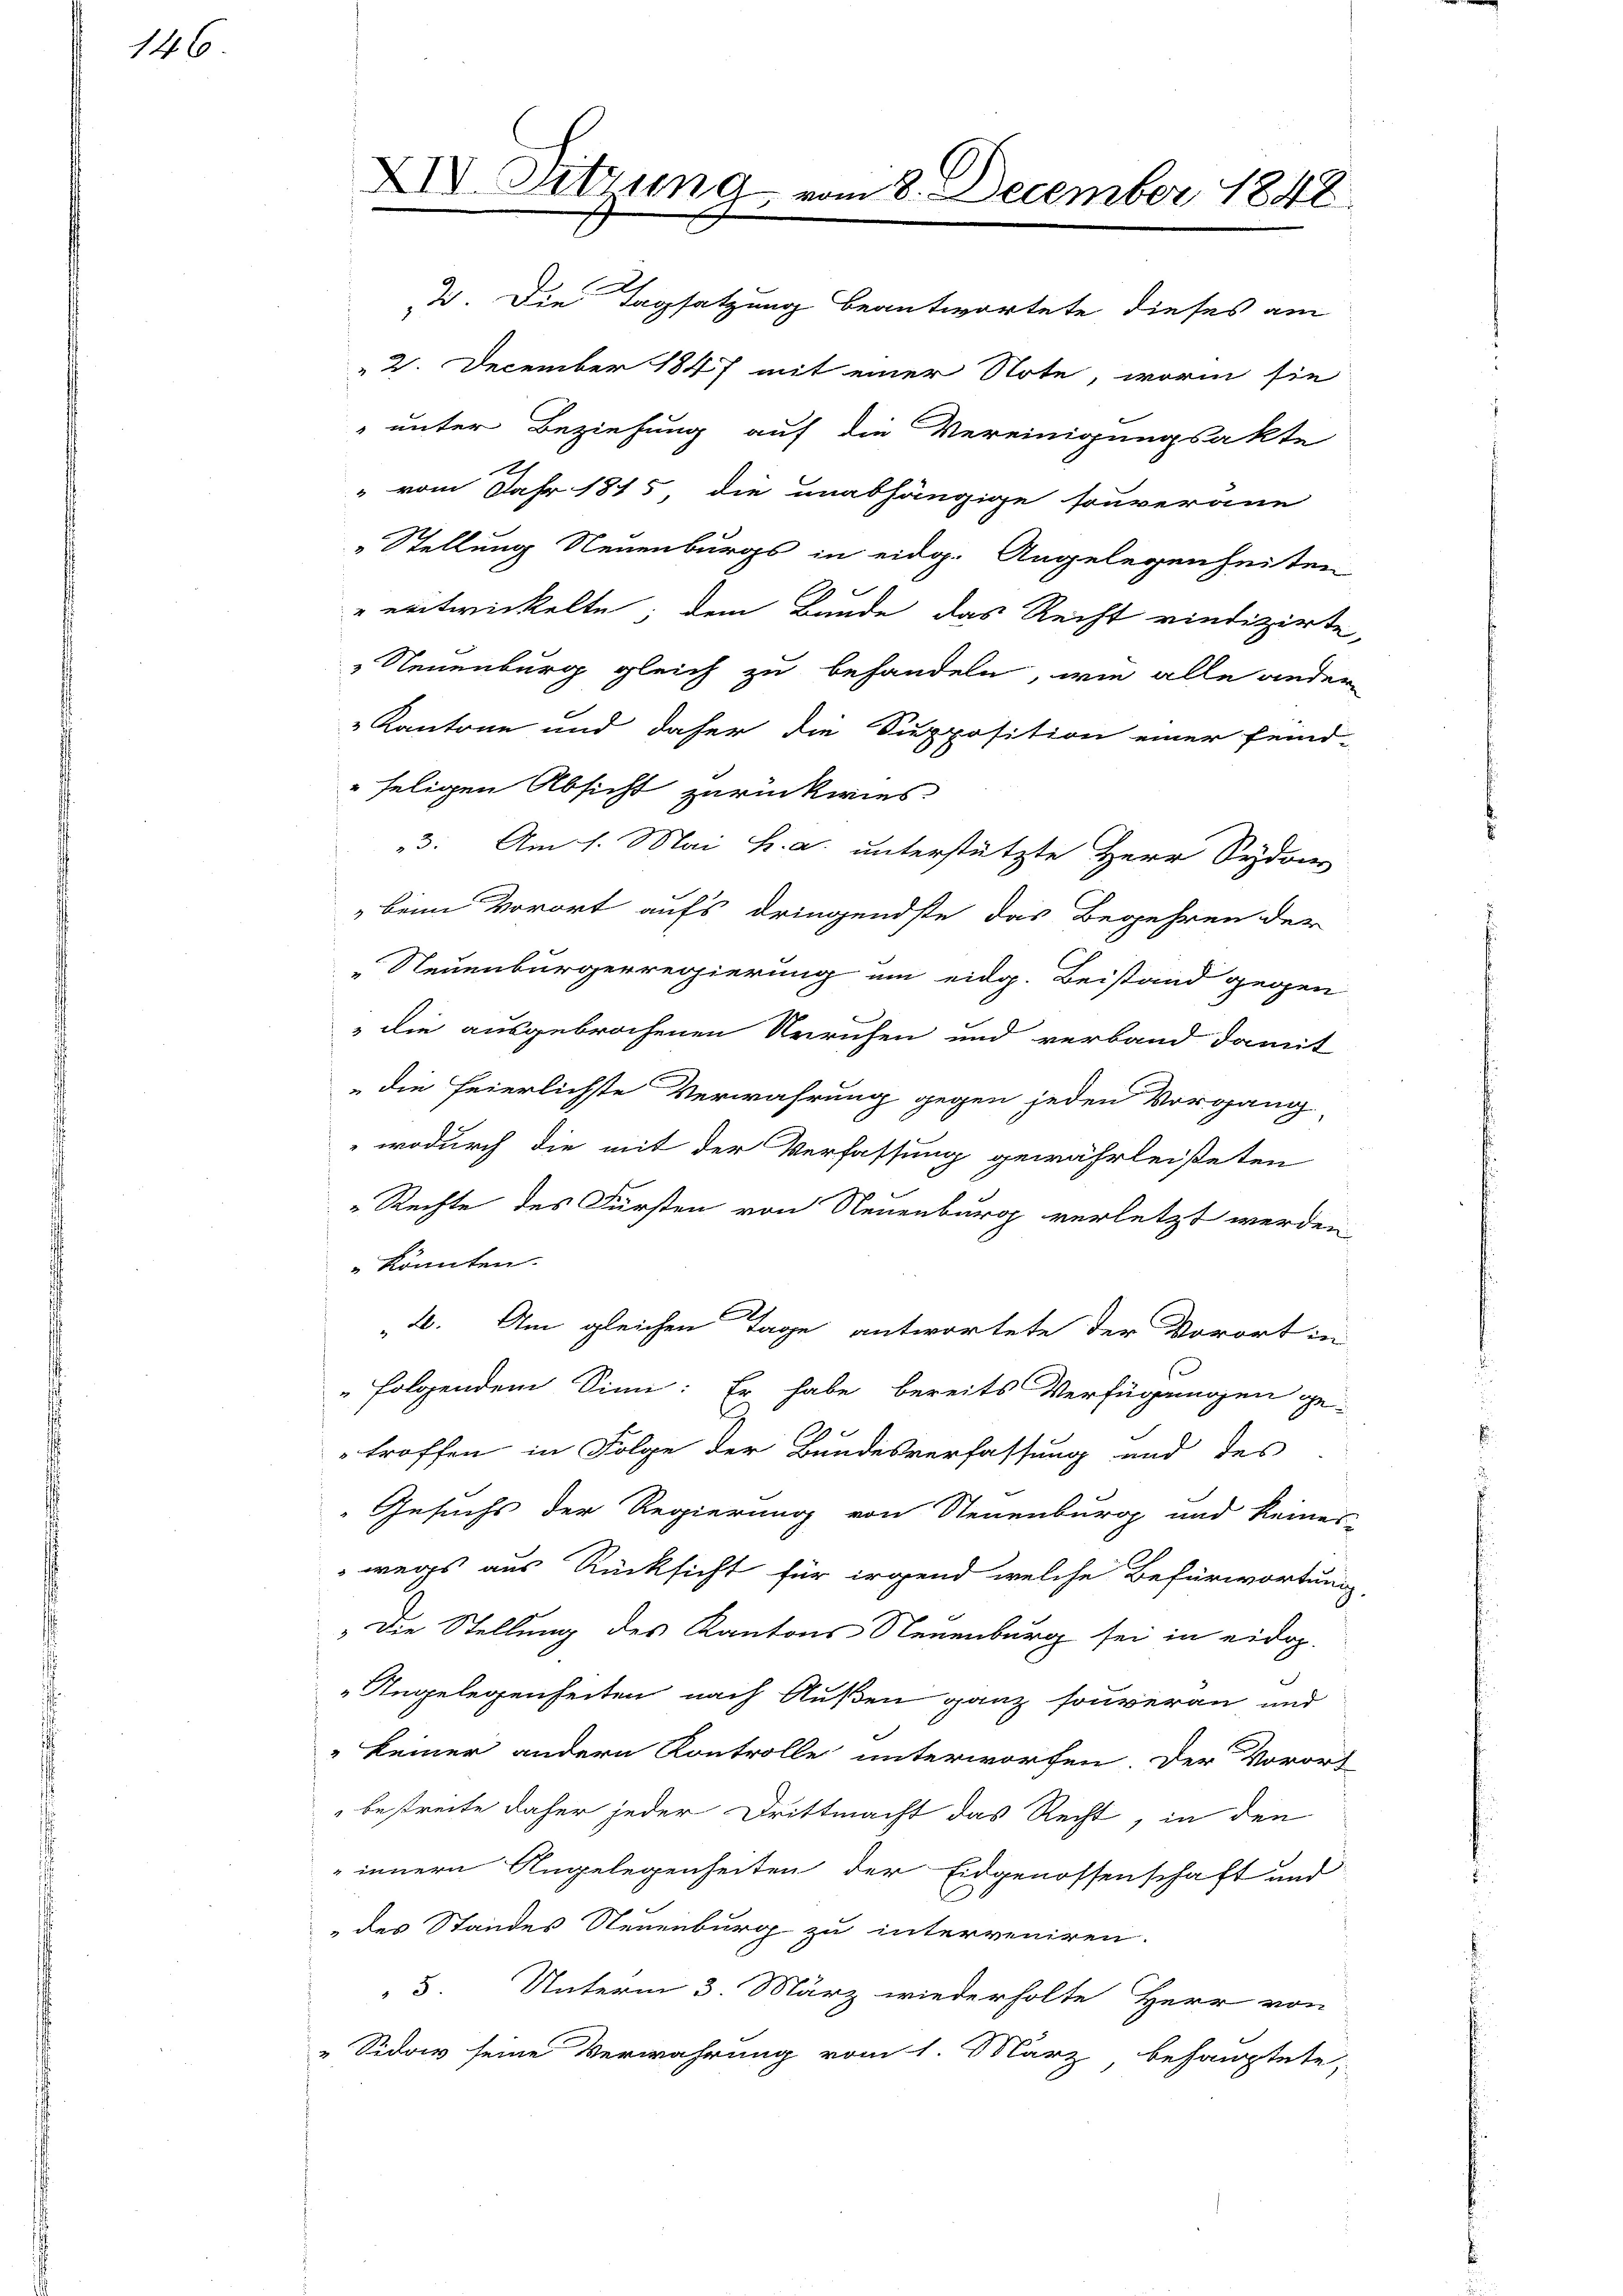
146

XIV. Sitzung

" vom Jahr 1875 die unabhängige souverane
" Stellung Neuenburgs in eidg. Angelegenheiten
2
" entwickelte; dem Bande das Recht vindizirte,
„Neuenburg gleich zu behandeln, wie alle andern
 Kantone und daher die Supposition einer feind-
seligen Absicht zurückwies.
3. Am 1. Mai h. a. unterstützte Herr Sydon
beim Vorort aufs dringendste das Begehren der
Neuenbürgerregierung um eidg. Beistand gegen
die ausgebrochenen Urrufen und verband damit
die Feierlichste Verwahrung gegen jeden Vorgang
wodurch die mit der Verfassung gewährleisteten
m
" Rechte des Fürsten von Neuenburg verletzt werden
könnten.
4. Am gleichen Tage antwortete der Vorort in
folgendem Sinn: Er habe bereits Verfügungen ge-
e
troffen in Folge der Bundesverfassung und des
Gesuchs der Regierung von Steuenburg und keines
wegs aus Rücksicht für irgend welche Befürwortung,
" Die Stellung des Kantons Neuenburg sei in eidop-
Angelegenheiten nach Außen ganz souveran und
keiner andern Kontrolle unterworfen. Der Vorort
bestreite daher jeder Drittmacht das Recht, in den
 innern Angelegenheiten der Eidgenossenschaft und
des Standes Neuenburg zu interveniren.
3. Unterm 3. März wiederholte Herr von
„Sidor seine Verwahrung vom 1. März behauptete,

2. December 1847 mit einer Note, worin sie
" unter Beziehung auf die Vereinigungsakte

m 8. December 1848.
d. Die Tagsatzung beantwortete dieses am